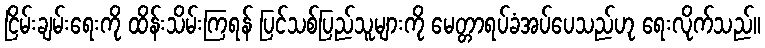
ငြိမ်းချမ်းရေးကို ထိန်းသိမ်းကြရန် ပြင်သစ်ပြည်သူများကို မေတ္တာရပ်ခံအပ်ပေသည်ဟု ရေးလိုက်သည်။